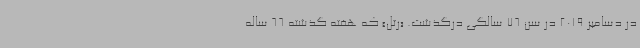
در دسامبر 2019 در سن 76 سالگی درگذشت. «رتل» که هفته گذشته 66 ساله